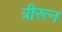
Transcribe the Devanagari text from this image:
त्रीरत्न